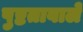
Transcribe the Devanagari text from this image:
पुष्टतावाले